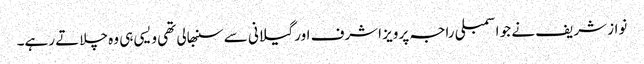
نواز شریف نے جو اسمبلی راجہ پرویز اشرف اور گیلانی سے سنبھالی تھی ویسی ہی وہ چلاتے رہے۔